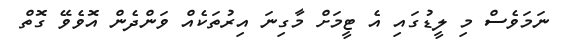
ނަމަވެސް މި ލީޑުގައި އެ ޓީމަށް މާގިނަ އިރުތަކެއް ވަންދެން އޮވެވޭ ގޮތް